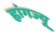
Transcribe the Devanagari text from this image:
ह्वांगज्यू